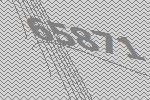
65871